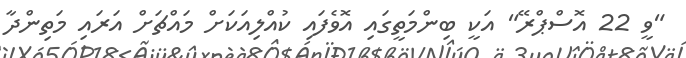
"ވީ 22 އޮސްޕްރޭ" އަކީ ބިންމަތީގައި އޮވެފައި ކުއްލިއަކަށް މައްޗަށް އަރައި މަތިންދާ